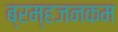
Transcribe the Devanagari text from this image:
ब्रम्हजनकम